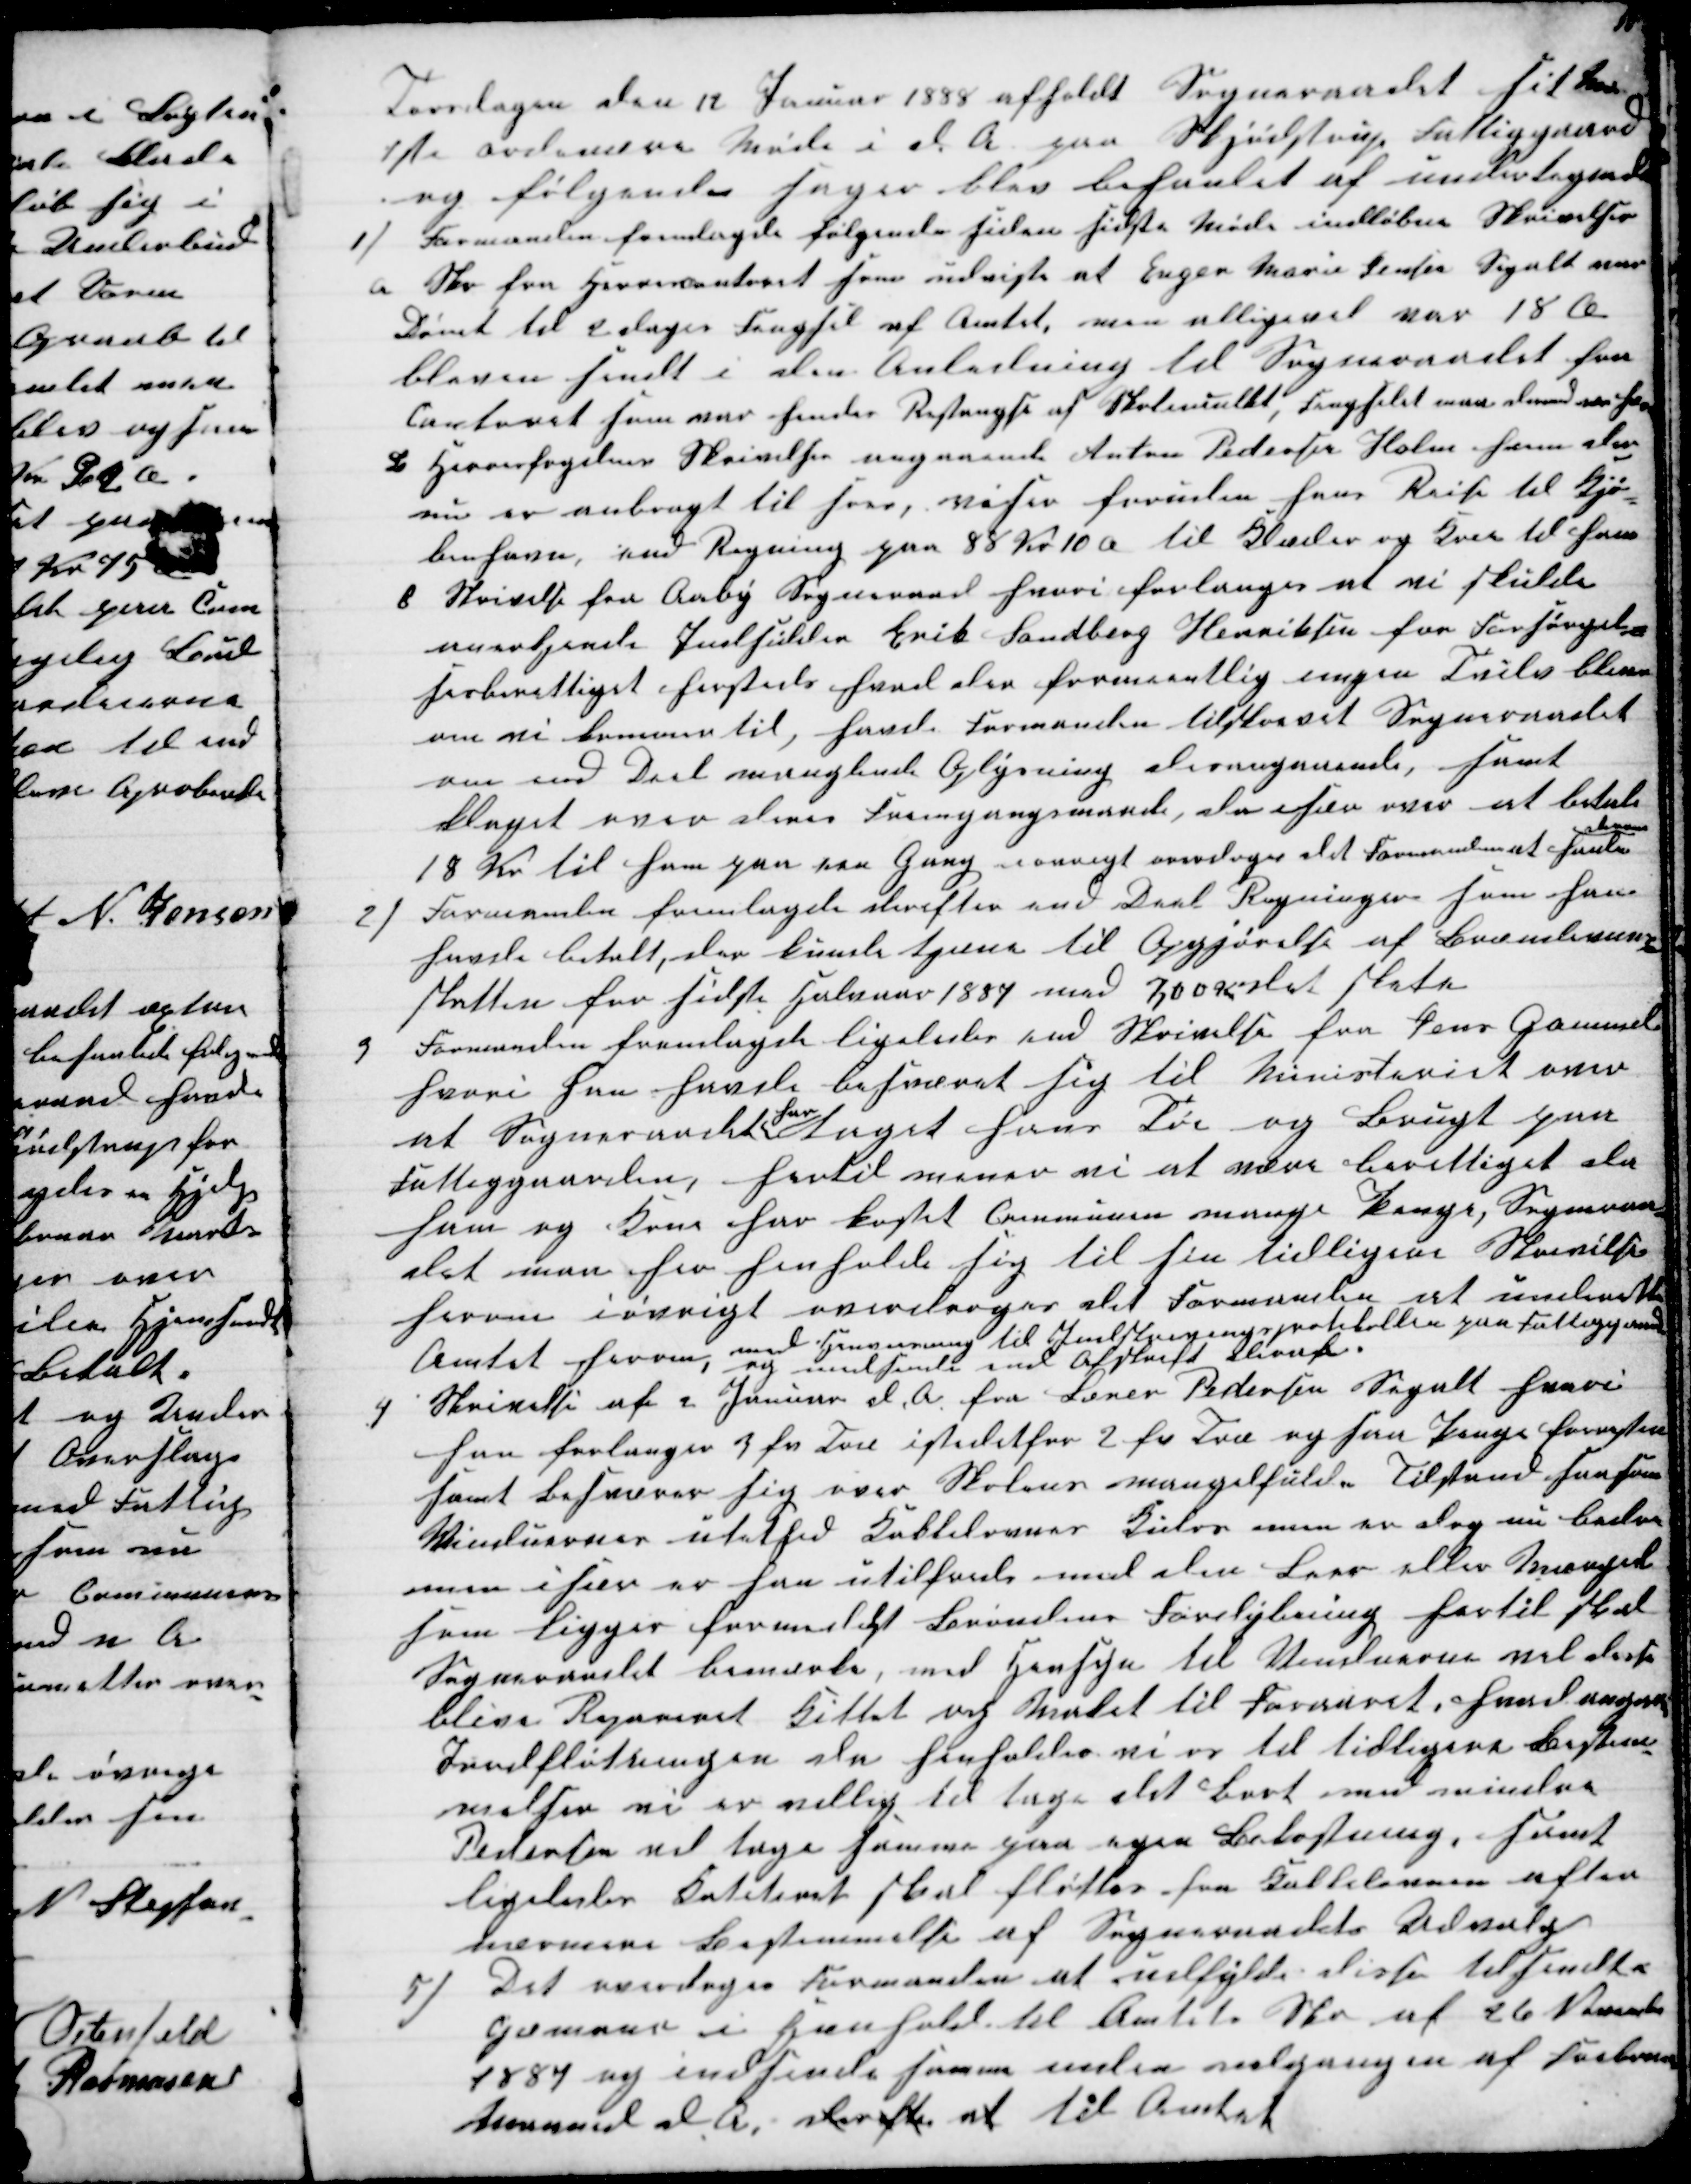
Transskription:
Torsdagen den 12 Januar 1888 afholdt Sogneraadet sit 
1 ste ordinære Møde i d. A. paa Skjødstrup Fattiggaard
og følgende sager blev behanlet af undertegnede
1)
Formanden fremlagde følgende siden sidste Møde indløbne Skrivelser
a Skr fra Herrescontoret som udviste at Enger Marie Jensen Segalt var
Dømt til 2 dages Fengsel af Amtet, men alligevel var 18 Ø
bleven sendt i den Anledning til Sogneraadet fra
Contoret som var hendes Restanse af Skolemulkt, Fengseld maa dermed ses h
B Herresfogdens Skrivelse angaaende Anton Pedersen Holm som der
nu er anbragt til søes, viser foruden hans Reise til Kjø-
benhavn, med Regning paa 88 Kr 10 Ø til Klæder og Koer til ham
C Skrivelse fra Aaby Sogneraad hvori forlanges at vi skulde
anerkjende Indsidder Erik Sandberg Henriksen for Forsørgel-
sesberettiget hersteds hvad der formeentlig ingen Tvivl blive
om vi kommer til, hvad Formanden tilskrevet Sogneraadet
om end Deel manglende Oplysning desangaaende, samt
klaget over denne Fremgangsmaade, da især over at betale
18 Kr til ham paa een Gang iøvrigt overdroges det Formanden at sende
denne
2)
Formanden fremlagde derefter end Deel Regninger som han
havde betalt, der kunde tjenes til Opgjørelse af Brændevins-
skatten for sidste Halvaar 1887 med 300 Kr det skete
3
Formanden fremlagde ligeledes end Skrivelse fra Jens Gammel
hvori han havde besværet sig til Ministeriet over
at Sogneraadet 
har
taget hans Tøi og Brugt paa
Fattiggaarden, hertil mener vi at være berettiget da
ham og Kone har kostet Communen mange Penge, Sogneraa-
det maa her henholde sig til sin tilligere Skrivelse
herom iøvrigt overdroges det Formanelen at underette
Amtet herom, med Henvisning til Indskrivingsprotokollen paa Fattiggaard
og medsende end Afskrift deraf.
4
Skrivelse af 2 Januar d. A. fra Lærer Pedersen Segalt hvori
han forlanger 3 fv Træ istedetfor 2 fv Træ og saa Penge forresten
samt besværer sig over Skolens mangelfulde Tilstand saa som
Vinduernes utæthed Kakkelovnes Kulos men er dog nu bedre
men især er saa utilfreds med den Leer eller Mergel
som ligger formedist Brøndens Fordybning hertil skal
Sogneraadet bemærke, med Hensyn til Vinduerne vil disse
blive Repareret Kittet og Malet til Foraaret, hvad angaar
Jordfløtningen da henholder vi os til tidligere Bestem-
melser vi er villig til tage det Bort med mindre
Pedersen vil tage samme paa egen Bekostning, samt
ligeledes Kateteret skal fløttes fra Kakkelovnen efter
nærmere Bestemmelse af Sogneraadets Udvalg
5) Det overdroges Formanden at udfylde disse tilsendte
Cjemaer i Henhold til Amtets Skr af 26 November
1887 og indsende samme inden udgangen af Februar
Maaned d A. derefter at til Amtet